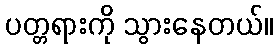
ပတ္တရားကို သွားနေတယ်။